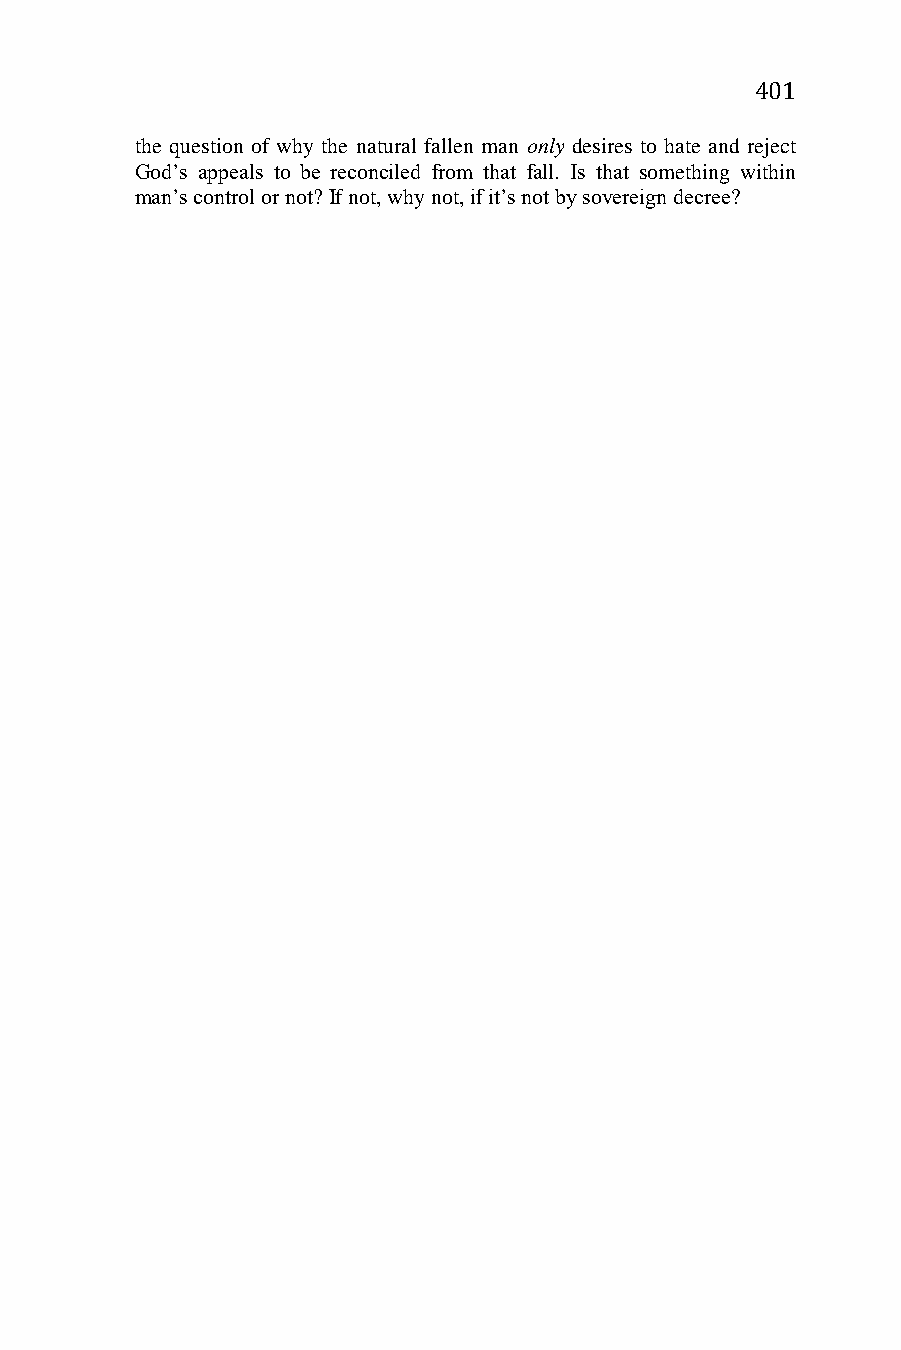
401
 the question of why the natural fallen man only desires to hate and reject
 God’s appeals to be reconciled from that fall. Is that something within
 man’s control or not? If not, why not, if it’s not by sovereign decree?